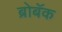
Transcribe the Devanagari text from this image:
ब्रोबॅक